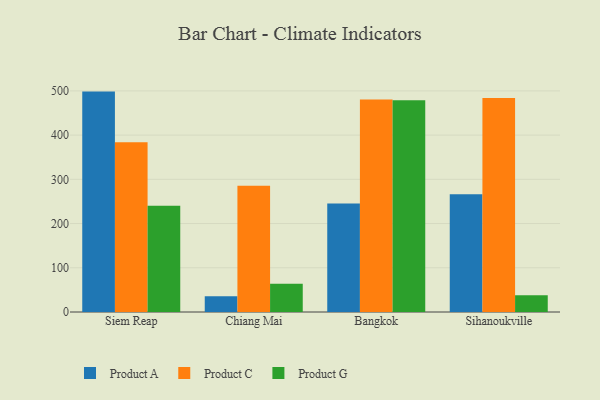
{"axis": {"x": "City", "y": "Website Visitors"}, "legend": ["Product A", "Product C", "Product G"], "data": [{"x": "Siem Reap", "y": 498.4, "type": "Product A"}, {"x": "Siem Reap", "y": 383.6, "type": "Product C"}, {"x": "Siem Reap", "y": 240.0, "type": "Product G"}, {"x": "Chiang Mai", "y": 35.4, "type": "Product A"}, {"x": "Chiang Mai", "y": 285.4, "type": "Product C"}, {"x": "Chiang Mai", "y": 63.9, "type": "Product G"}, {"x": "Bangkok", "y": 245.2, "type": "Product A"}, {"x": "Bangkok", "y": 480.8, "type": "Product C"}, {"x": "Bangkok", "y": 478.8, "type": "Product G"}, {"x": "Sihanoukville", "y": 266.2, "type": "Product A"}, {"x": "Sihanoukville", "y": 483.7, "type": "Product C"}, {"x": "Sihanoukville", "y": 37.8, "type": "Product G"}]}